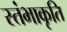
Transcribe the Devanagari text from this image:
स्तंभाकृति